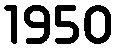
1950